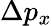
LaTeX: \Delta p_{x}